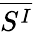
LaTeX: \overline{{S^{I}}}